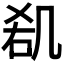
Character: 𠙏